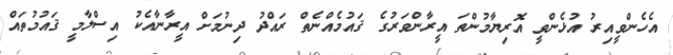
އެހެންވީއިރު އުޅެންވީ އޮރިޔާމުންތަ އީރާންވަރުގެ ޤައުމެއްނެތް ރައްދު ދިނުމަށް އީރާނާއެކު އިސްލާމީ ޤައުމުތައް